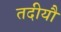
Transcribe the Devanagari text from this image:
तदीयौ